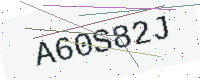
Text: A60S82J